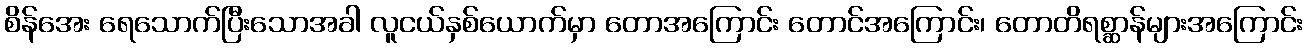
စိန်အေး ရေသောက်ပြီးသောအခါ လူငယ်နှစ်ယောက်မှာ တောအကြောင်း တောင်အကြောင်း၊ တောတိရစ္ဆာန်များအကြောင်း